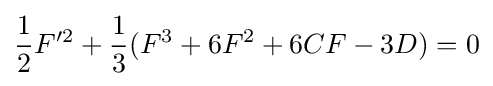
{\frac {1}{2}}F'^{2}+{\frac {1}{3}}(F^{3}+6F^{2}+6CF-3D)=0